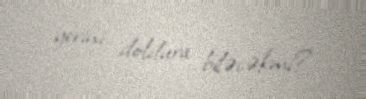
yerini doldura biləcəkmi?.